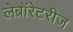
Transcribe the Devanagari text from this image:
लेब्रॉरेटरीज